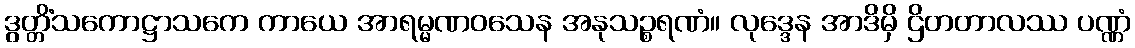
ဒွတ္တိံသကောဋ္ဌာသကေ ကာယေ အာရမ္မဏဝသေန အနုသဉ္စရဏံ။ လုဒ္ဒေန အာဒိမှိ ဌိတတာလဿ ပဏ္ဏံ